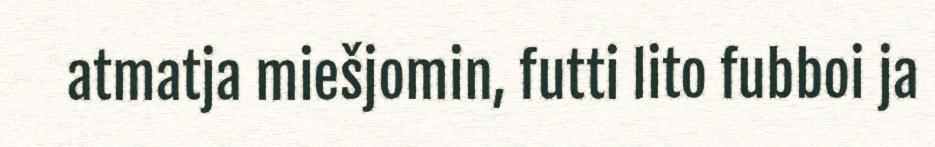
atmatja miešjomin, futti lito fubboi ja